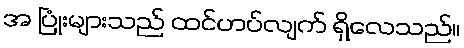
အ ပြုံးများသည် ထင်ဟပ်လျက် ရှိလေသည်။